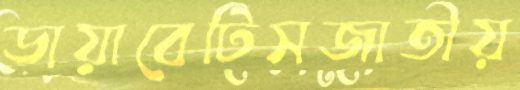
ডায়াবেটিসজাতীয়